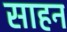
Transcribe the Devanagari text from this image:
साहन